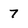
Character: 7